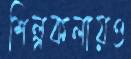
শিল্পকলায়ও